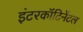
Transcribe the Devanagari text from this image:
इंटरकॉंटिनेंटल